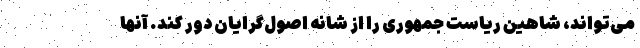
می‌‌تواند، شاهین ریاست جمهوری را از شانه اصول‌گرایان دور کند. آنها